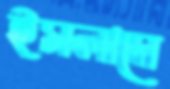
ইসলামে